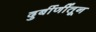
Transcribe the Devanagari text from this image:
दुर्बीणींतून